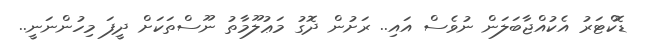
ޑޮކްޓަރު އެކުއްޖާބަލަން ނުވެސް އައި.. ރަށުން ދޮގު މަޢުލޫމާތު ނޫސްތަކަށް ދީފަ މިހުންނަނީ..